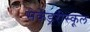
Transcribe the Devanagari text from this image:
सेकेंड्ररीस्कूल